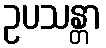
ဥပသန္တာ